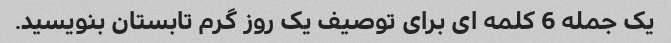
یک جمله 6 کلمه ای برای توصیف یک روز گرم تابستان بنویسید.